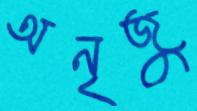
অনৃজু